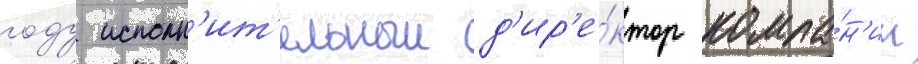
году исполн'ит'ельныи д'ир'е́ктор компа́н'ии